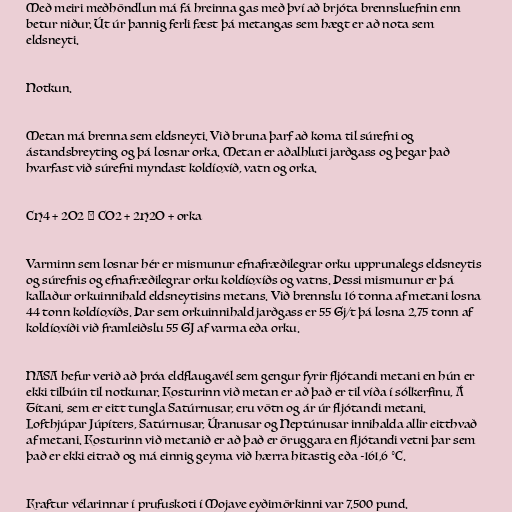
Með meiri meðhöndlun má fá hreinna gas með því að brjóta brennsluefnin enn
betur niður. Út úr þannig ferli fæst þá metangas sem hægt er að nota sem
eldsneyti.

Notkun.

Metan má brenna sem eldsneyti. Við bruna þarf að koma til súrefni og
ástandsbreyting og þá losnar orka. Metan er aðalhluti jarðgass og þegar það
hvarfast við súrefni myndast koldíoxíð, vatn og orka.

CH4 + 2O2 → CO2 + 2H2O + orka

Varminn sem losnar hér er mismunur efnafræðilegrar orku upprunalegs eldsneytis
og súrefnis og efnafræðilegrar orku koldíoxíðs og vatns. Þessi mismunur er þá
kallaður orkuinnihald eldsneytisins metans. Við brennslu 16 tonna af metani losna
44 tonn koldíoxíðs. Þar sem orkuinnihald jarðgass er 55 Gj/t þá losna 2,75 tonn af
koldíoxíði við framleiðslu 55 GJ af varma eða orku.

NASA hefur verið að þróa eldflaugavél sem gengur fyrir fljótandi metani en hún er
ekki tilbúin til notkunar. Kosturinn við metan er að það er til víða í sólkerfinu, Á
Títani, sem er eitt tungla Satúrnusar, eru vötn og ár úr fljótandi metani.
Lofthjúpar Júpíters, Satúrnusar, Úranusar og Neptúnusar innihalda allir eitthvað
af metani. Kosturinn við metanið er að það er öruggara en fljótandi vetni þar sem
það er ekki eitrað og má einnig geyma við hærra hitastig eða -161,6 °C.

Kraftur vélarinnar í prufuskoti í Mojave eyðimörkinni var 7.500 pund.